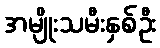
အမျိုးသမီးနှစ်ဦး